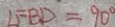
\angle F B D = 9 0 ^ { \circ }